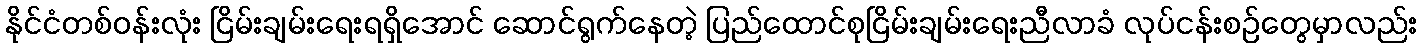
နိုင်ငံတစ်ဝန်းလုံး ငြိမ်းချမ်းရေးရရှိအောင် ဆောင်ရွက်နေတဲ့ ပြည်ထောင်စုငြိမ်းချမ်းရေးညီလာခံ လုပ်ငန်းစဉ်တွေမှာလည်း